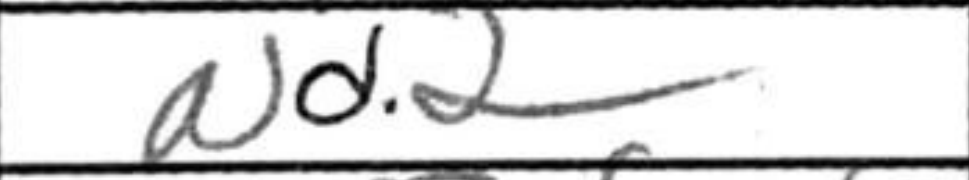
Transcription: Nd2